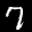
Label: 7